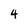
Character: 4